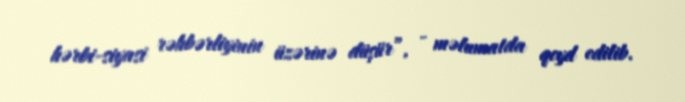
hərbi-siyasi rəhbərliyinin üzərinə düşür”, - məlumatda qeyd edilib.